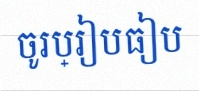
ចូរប្រៀបធៀប